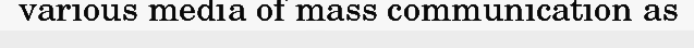
various media of mass communication as